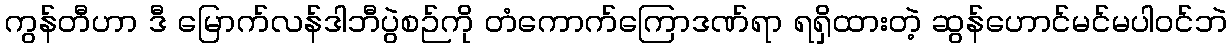
ကွန်တီဟာ ဒီ မြောက်လန်ဒါဘီပွဲစဉ်ကို တံကောက်ကြောဒဏ်ရာ ရရှိထားတဲ့ ဆွန်ဟောင်မင်မပါဝင်ဘဲ